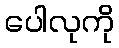
ပေါလုကို